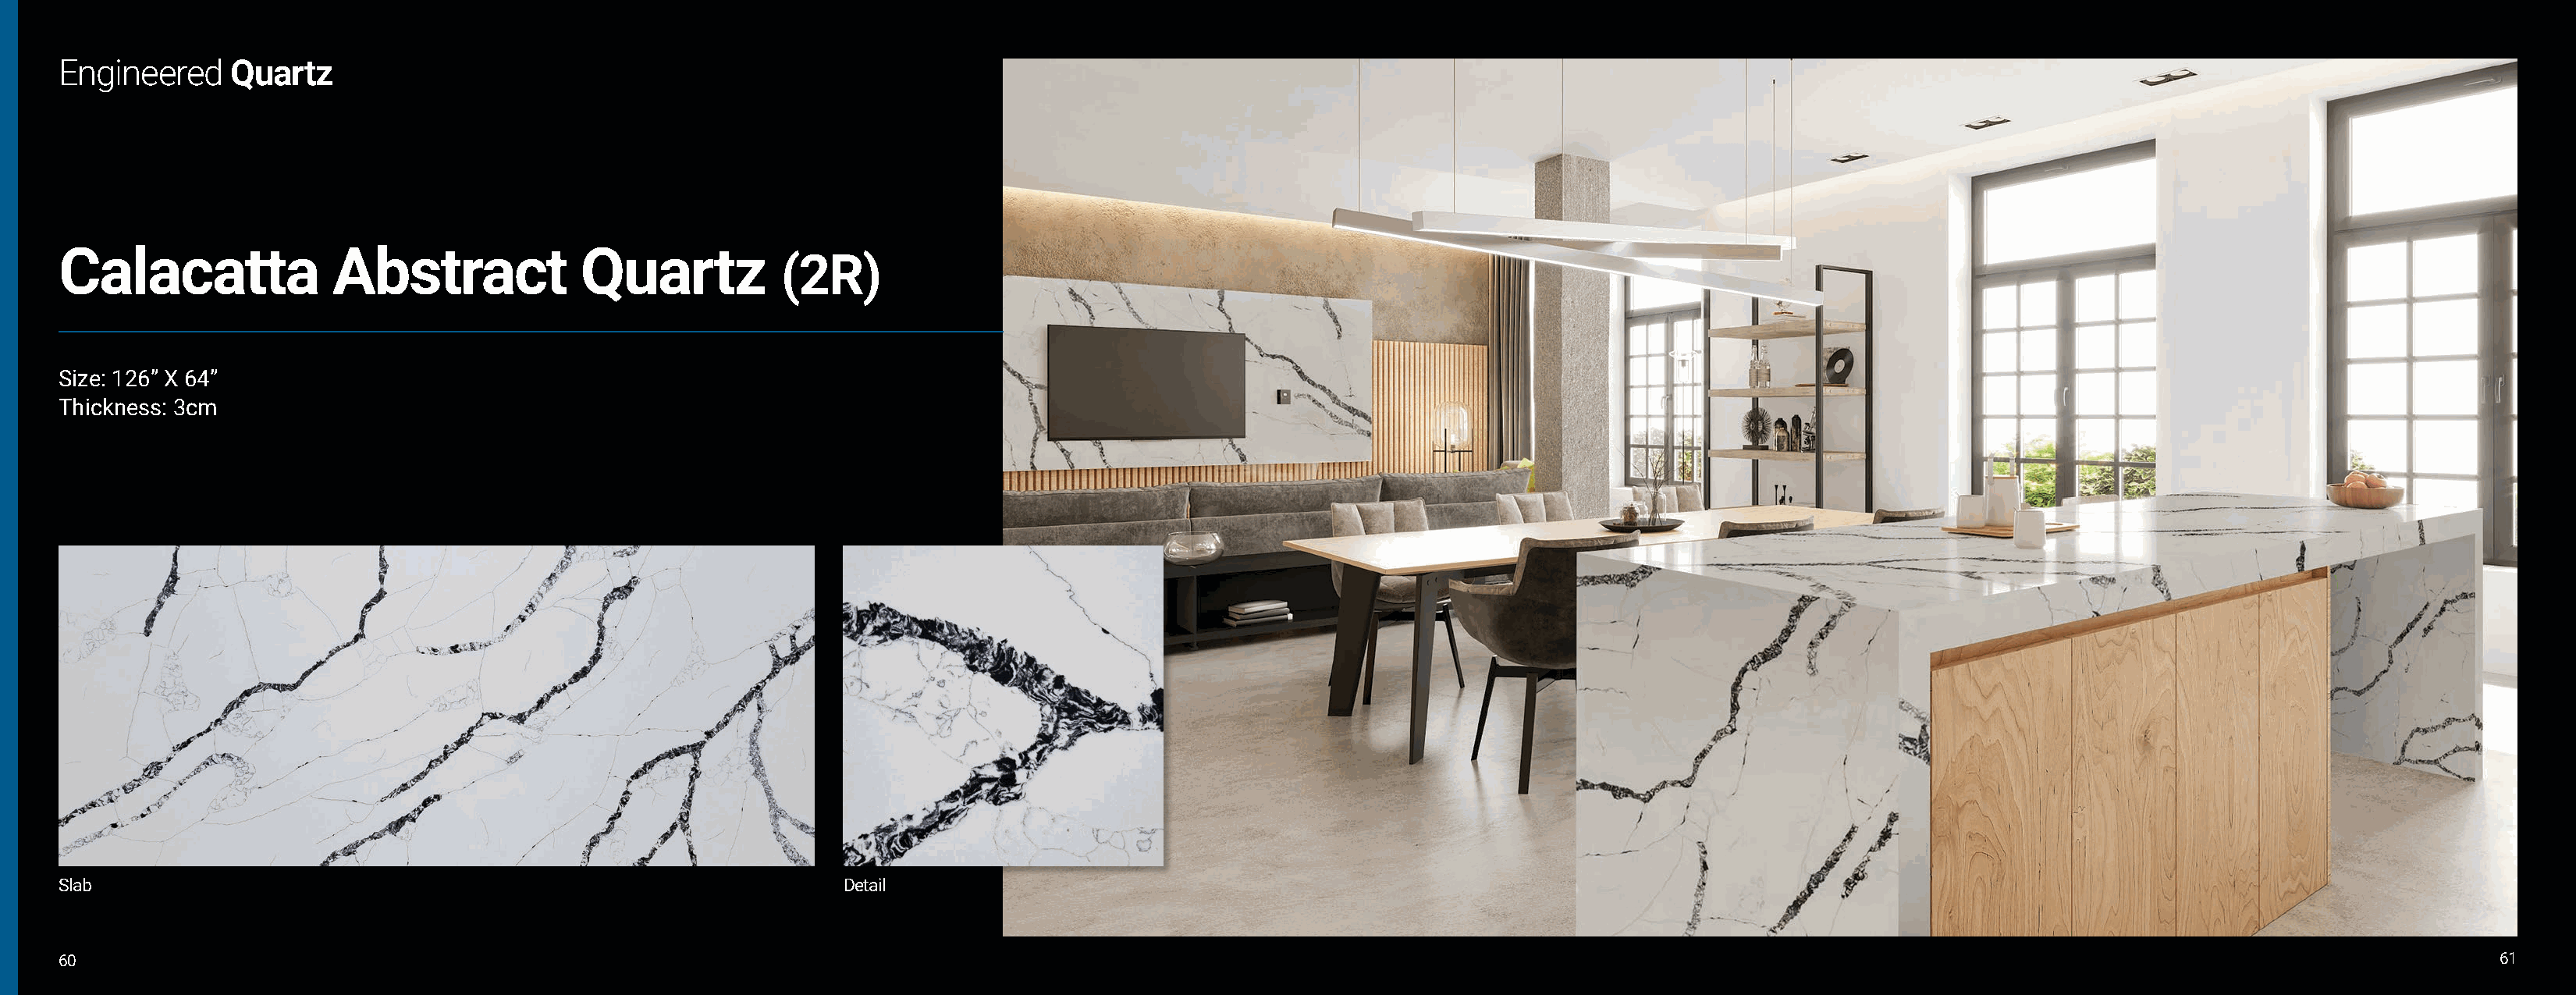
Engineered     Quartz
 Calacatta              Abstract             Quartz
 (2R)
 Size: 126” X 64”
 Thickness: 3cm
 Slab                                                               Detail
 60                                                                                                                                                                                                             61